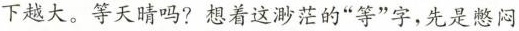
下越大。等天晴吗?想着这渺茫的“等”字，先是憋闷